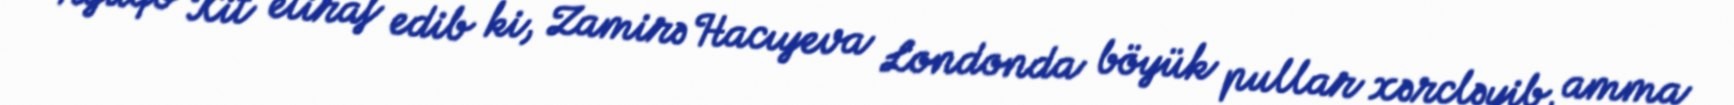
Hyuqo Kit etiraf edib ki, Zamirə Hacıyeva Londonda böyük pullar xərcləyib, amma